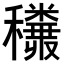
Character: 𥤅